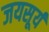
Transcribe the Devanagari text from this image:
जयसूर्य